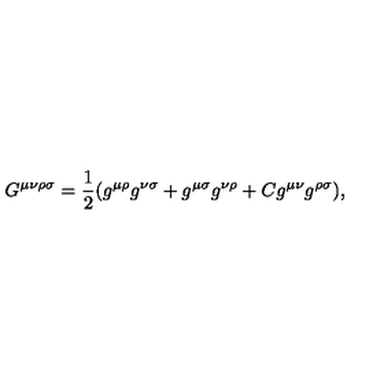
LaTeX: G ^ { \mu \nu \rho \sigma } = { { \frac { 1 } { 2 } } } ( g ^ { \mu \rho } g ^ { \nu \sigma } + g ^ { \mu \sigma } g ^ { \nu \rho } + C g ^ { \mu \nu } g ^ { \rho \sigma } ) ,